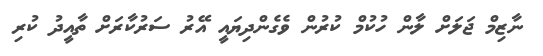
ނާޒިމް ޖަލަށް ލާން ހުކުމް ކުރުން ވެގެންދިޔައީ އޭރު ސަރުކާރަށް ތާއީދު ކުރި